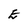
Character: E